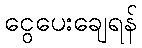
ငွေပေးချေရန်